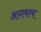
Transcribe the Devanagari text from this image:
आगमश्च